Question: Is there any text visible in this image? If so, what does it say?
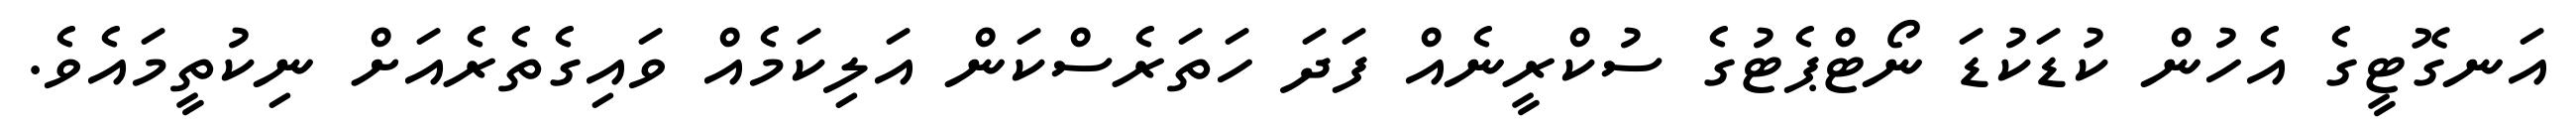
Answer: އަނގޮޓީގެ އެހުން ކުޑަކުޑަ ނޯޓްޕެޓުގެ ސުކްރީނެއް ފަދަ ހަތަރެސްކަން އަލިކަމެއް ވައިގެތެރެއަށް ނިކުތީމައެވެ.